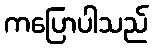
ကပြောပါသည်